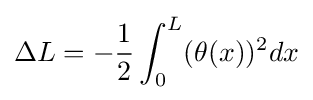
\Delta L=-{\frac {1}{2}}\int _{0}^{L}(\theta (x))^{2}dx